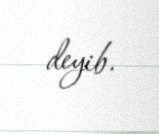
deyib.